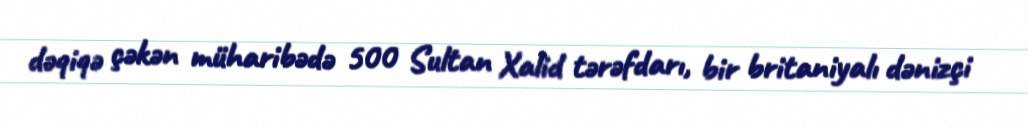
dəqiqə çəkən müharibədə 500 Sultan Xalid tərəfdarı, bir britaniyalı dənizçi